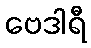
ဗေဒါရီ